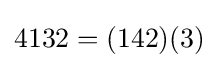
4132=(142)(3)